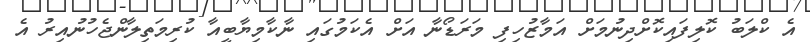
އެ ކްލަބު ކޮލިފައިކޮށްދިނުމަށް އަމާޒުހިފި މަރަޑޯނާ އަށް އެކަމުގައި ނާކާމިޔާބީއާ ކުރިމަތިލާންޖެހުނުއިރު އެ